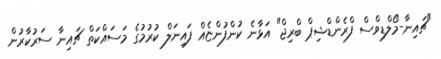
"ޗައިނާ-މޯލްޑިވްސް ފްރެންޑްޝިޕް ބްރިޖް" އަޅާނެ ކުންފުންޏެއް ފައިނަލް ކުރުމުގެ މަސައްކަތް ޗައިނާ ސަރުކާރުން